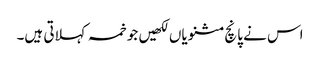
اس نے پانچ مثنویاں لکھیں جو خمسہ کہلاتی ہیں۔